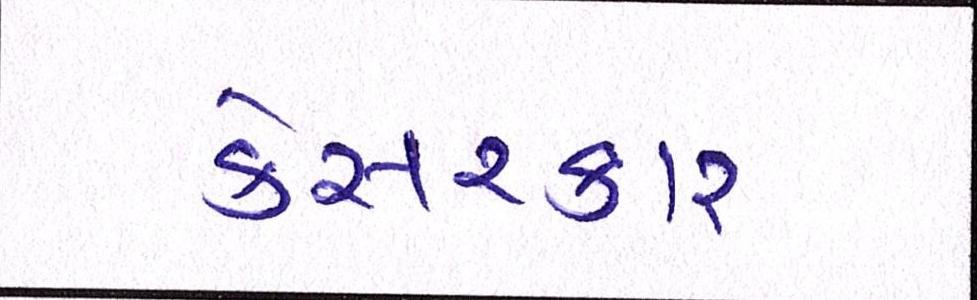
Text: કેસરકાર